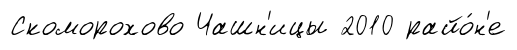
Скоморохово Чашн'ицы 2010 райо́н'е